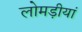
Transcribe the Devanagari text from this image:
लोमड़ीयां